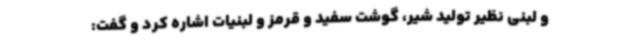
و لبنی نظیر تولید شیر، گوشت سفید و قرمز و لبنیات اشاره کرد و گفت: